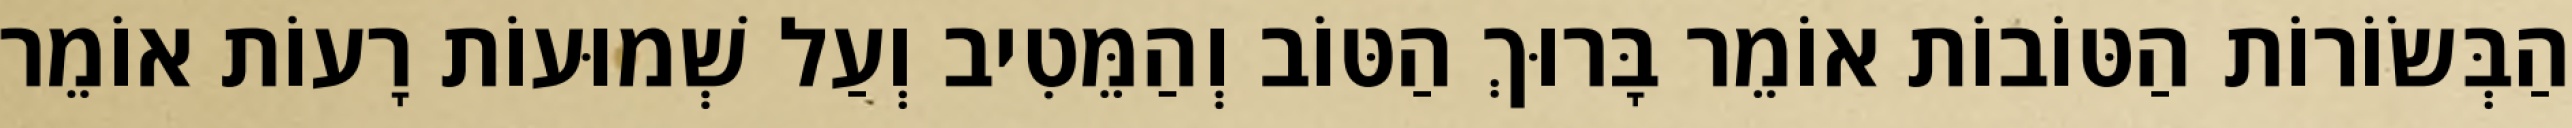
הַבְּשׂוֹרוֹת הַטּוֹבוֹת אוֹמֵר בָּרוּךְ הַטּוֹב וְהַמֵּטִיב וְעַל שְׁמוּעוֹת רָעוֹת אוֹמֵר